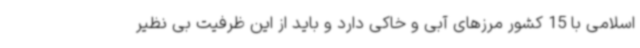
اسلامی با 15 کشور مرزهای آبی و خاکی دارد و باید از این ظرفیت بی نظیر